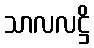
သာလလဋ္ဌိ